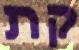
קת